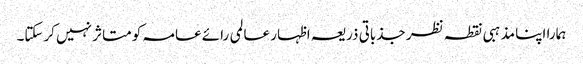
ہمارا اپنا مذہبی نقطہ نظر جذباتی ذریعہ اظہار عالمی رائے عامہ کو متاثر نہیں کرسکتا۔